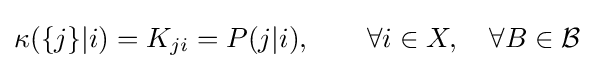
\kappa (\{j\}|i)=K_{ji}=P(j|i),\qquad \forall i\in X,\quad \forall B\in {\mathcal {B}}